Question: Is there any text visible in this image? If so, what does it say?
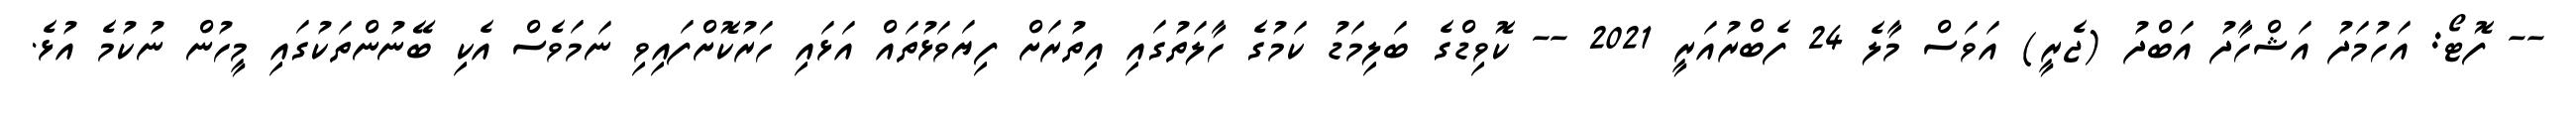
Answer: -- ފޮޓޯ: އަހުމަދު އަޝްހާދު އަބްދު (ޖެރީ) އަވަސް މާލެ 24 ފެބްރުއަރީ 2021 -- ކޮވިޑްގެ ބަލިމަޑު ކަމުގެ ހާލަތުގައި އިތުރަށް ފިޔަވަޅުތައް އަޅައި ހަރުކޮށްފައިވި ނަމަވެސް އެކި ބޭނުންތަކުގައި މީހުން ނުކުމެ އުޅެ.